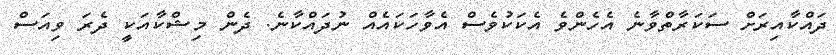
ދައްކާއިރަށް ސަކަރާތްވާނެ އެހެންވެ އެކަކުވެސް އެވާހަކައެއް ނުދައްކާނެ. ދެން މިޝްކާއަކީ ދެރަ ވިއަސް